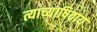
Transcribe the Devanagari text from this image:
त्याच्याषिवाय